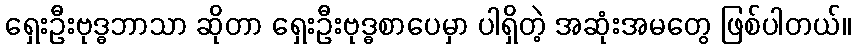
ရှေးဦးဗုဒ္ဓဘာသာ ဆိုတာ ရှေးဦးဗုဒ္ဓစာပေမှာ ပါရှိတဲ့ အဆုံးအမတွေ ဖြစ်ပါတယ်။